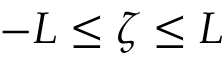
- L \leq \zeta \leq L